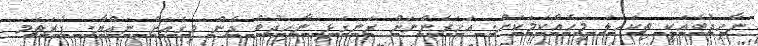
ނާހިދުބެއަކީ ތިކަހަލަ މީހެއްކަމަކަށް. އަހަރެންނަށް ރަނގަޅީ ނާހިދުބެ ދެން މިގެއަށް ނައްޔާ. ފުރަތަމަ